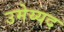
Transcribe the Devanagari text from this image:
उमेय्यद